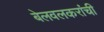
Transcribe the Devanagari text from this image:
बेलवलकरांची